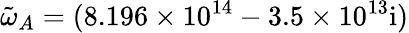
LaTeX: \tilde{\omega}_{A}=(8.196\times 10^{14}-3.5\times 10^{13}\mathrm{{i})}